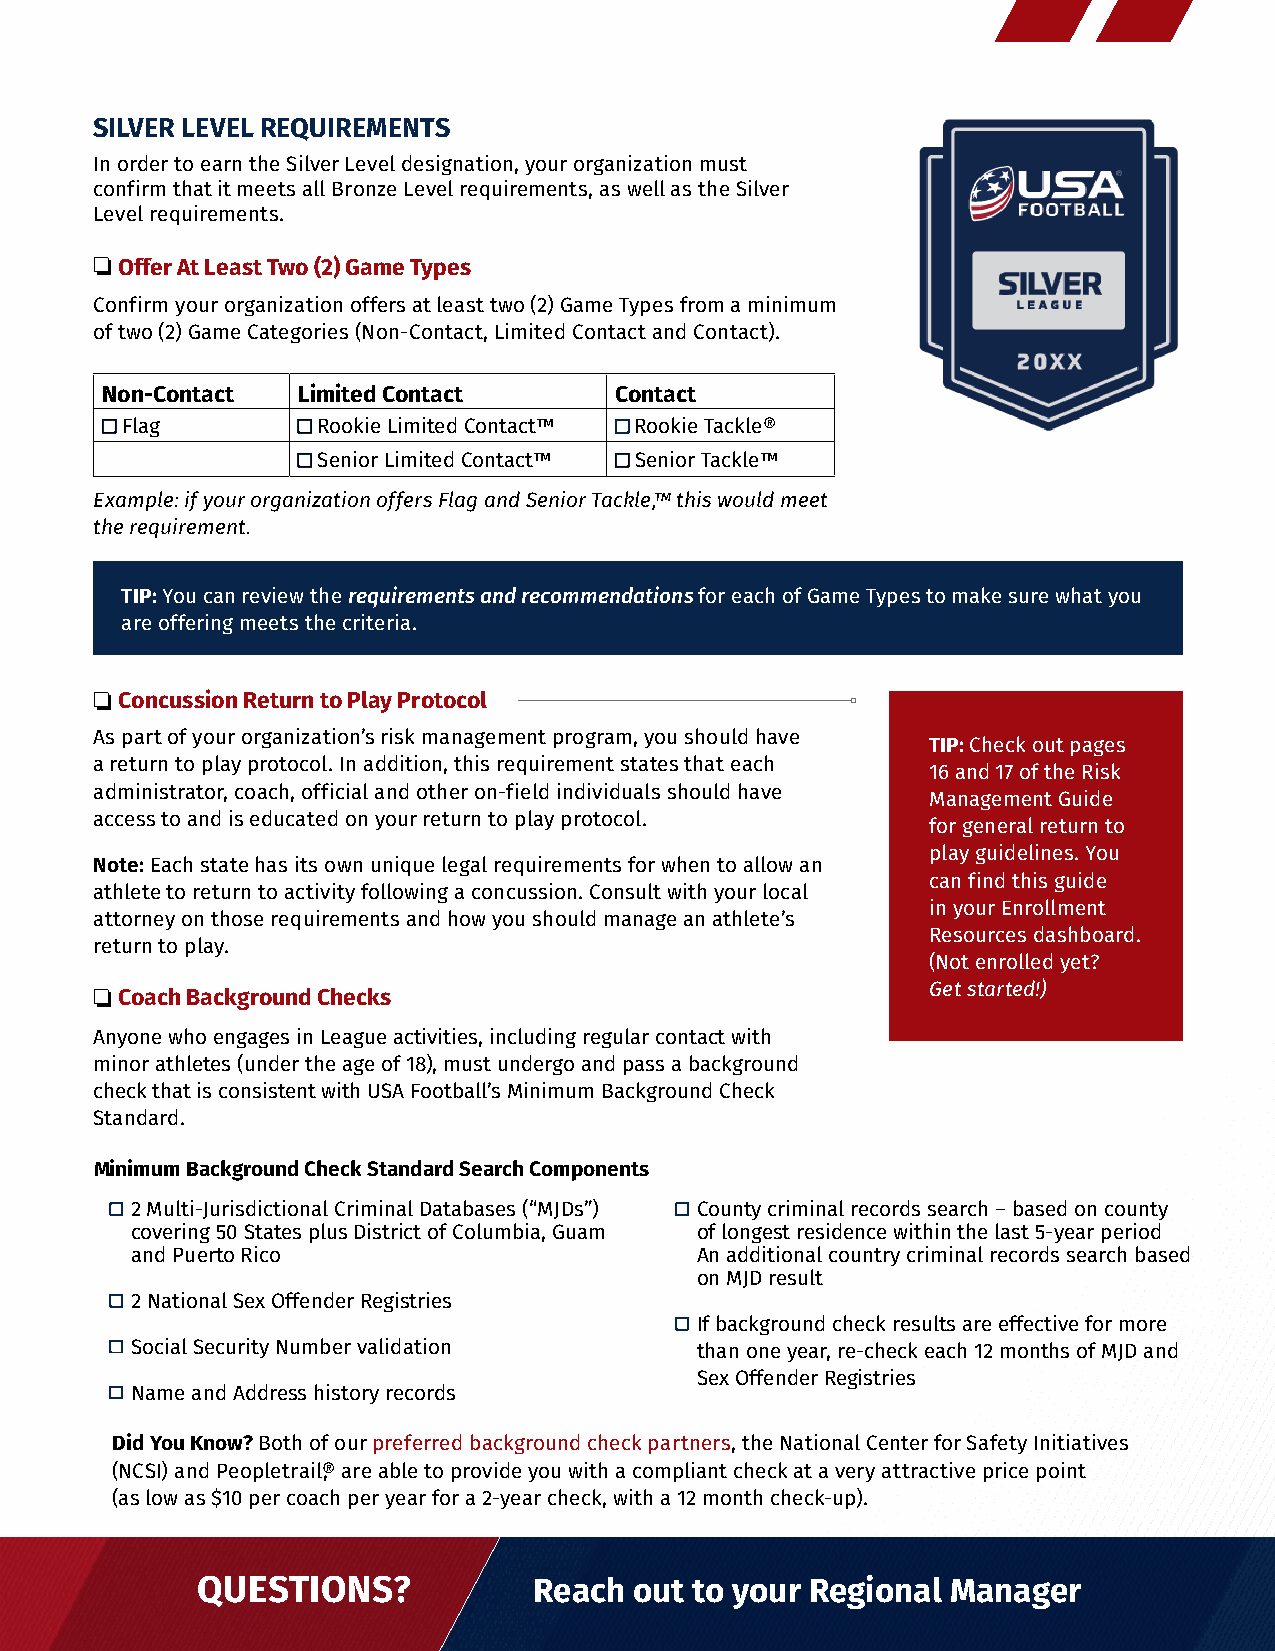
SILVER LEVEL REQUIREMENTS
 In order to earn the Silver Level designation, your organization must
 confirm that it meets all Bronze Level requirements, as well as the Silver
 Level requirements.
 ❏
 Offer At Least Two (2) Game Types
 Confirm your organization offers at least two (2) Game Types from a minimum
 of two (2) Game Categories (Non-Contact, Limited Contact and Contact).
 Non-Contact  Limited Contact      Contact
 □□ Flag      □□ Rookie Limited Contact™ □ Rookie Tackle®
 □□ Senior Limited Contact™ □□ Senior Tackle™
 Example: if your organization offers Flag and Senior Tackle,™ this would meet
 the requirement.
 TIP: You can review the requirements and recommendations for each of Game Types to make sure what you
 are offering meets the criteria.
 ❏
 Concussion Return to Play Protocol
 As part of your organization’s risk management program, you should have
 TIP: Check out pages
 a return to play protocol. In addition, this requirement states that each
 16 and 17 of the Risk
 administrator, coach, official and other on-field individuals should have
 Management Guide
 access to and is educated on your return to play protocol.
 for general return to
 play guidelines. You
 Note: Each state has its own unique legal requirements for when to allow an
 can find this guide
 athlete to return to activity following a concussion. Consult with your local
 in your Enrollment
 attorney on those requirements and how you should manage an athlete’s
 Resources dashboard.
 return to play.
 (Not enrolled yet?
 ❏
 Coach Background Checks
 Get started!)
 Anyone who engages in League activities, including regular contact with
 minor athletes (under the age of 18), must undergo and pass a background
 check that is consistent with USA Football’s Minimum Background Check
 Standard.
 Minimum Background Check Standard Search Components
 □ 2 Multi-Jurisdictional Criminal Databases (“MJDs”) □ County criminal records search – based on county
 covering 50 States plus District of Columbia, Guam of longest residence within the last 5-year period
 and Puerto Rico                      An additional country criminal records search based
 on MJD result
 □ 2 National Sex Offender Registries
 □ If background check results are effective for more
 □ Social Security Number validation    than one year, re-check each 12 months of MJD and
 Sex Offender Registries
 □ Name and Address history records
 Did You Know? Both of our preferred background check partners, the National Center for Safety Initiatives
 (NCSI) and Peopletrail®, are able to provide you with a compliant check at a very attractive price point
 (as low as $10 per coach per year for a 2-year check, with a 12 month check-up).
 QUESTIONS?            Reach  out to your Regional Manager